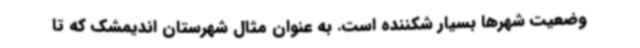
وضعیت شهرها بسیار شکننده است. به عنوان مثال شهرستان اندیمشک که تا